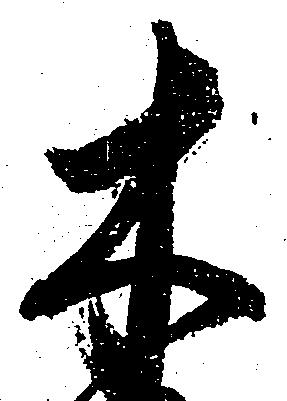
木